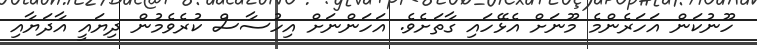
ހޫނުކަން އަހަރެންމެ މޫނަށް އެޅޭހައި ގާތަށެވެ. އަހަންނަށް އިހުސާސް ކުރެވެމުން ދިޔައީ އާދަޔާއި